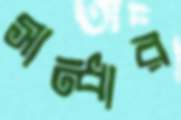
সান্ধার